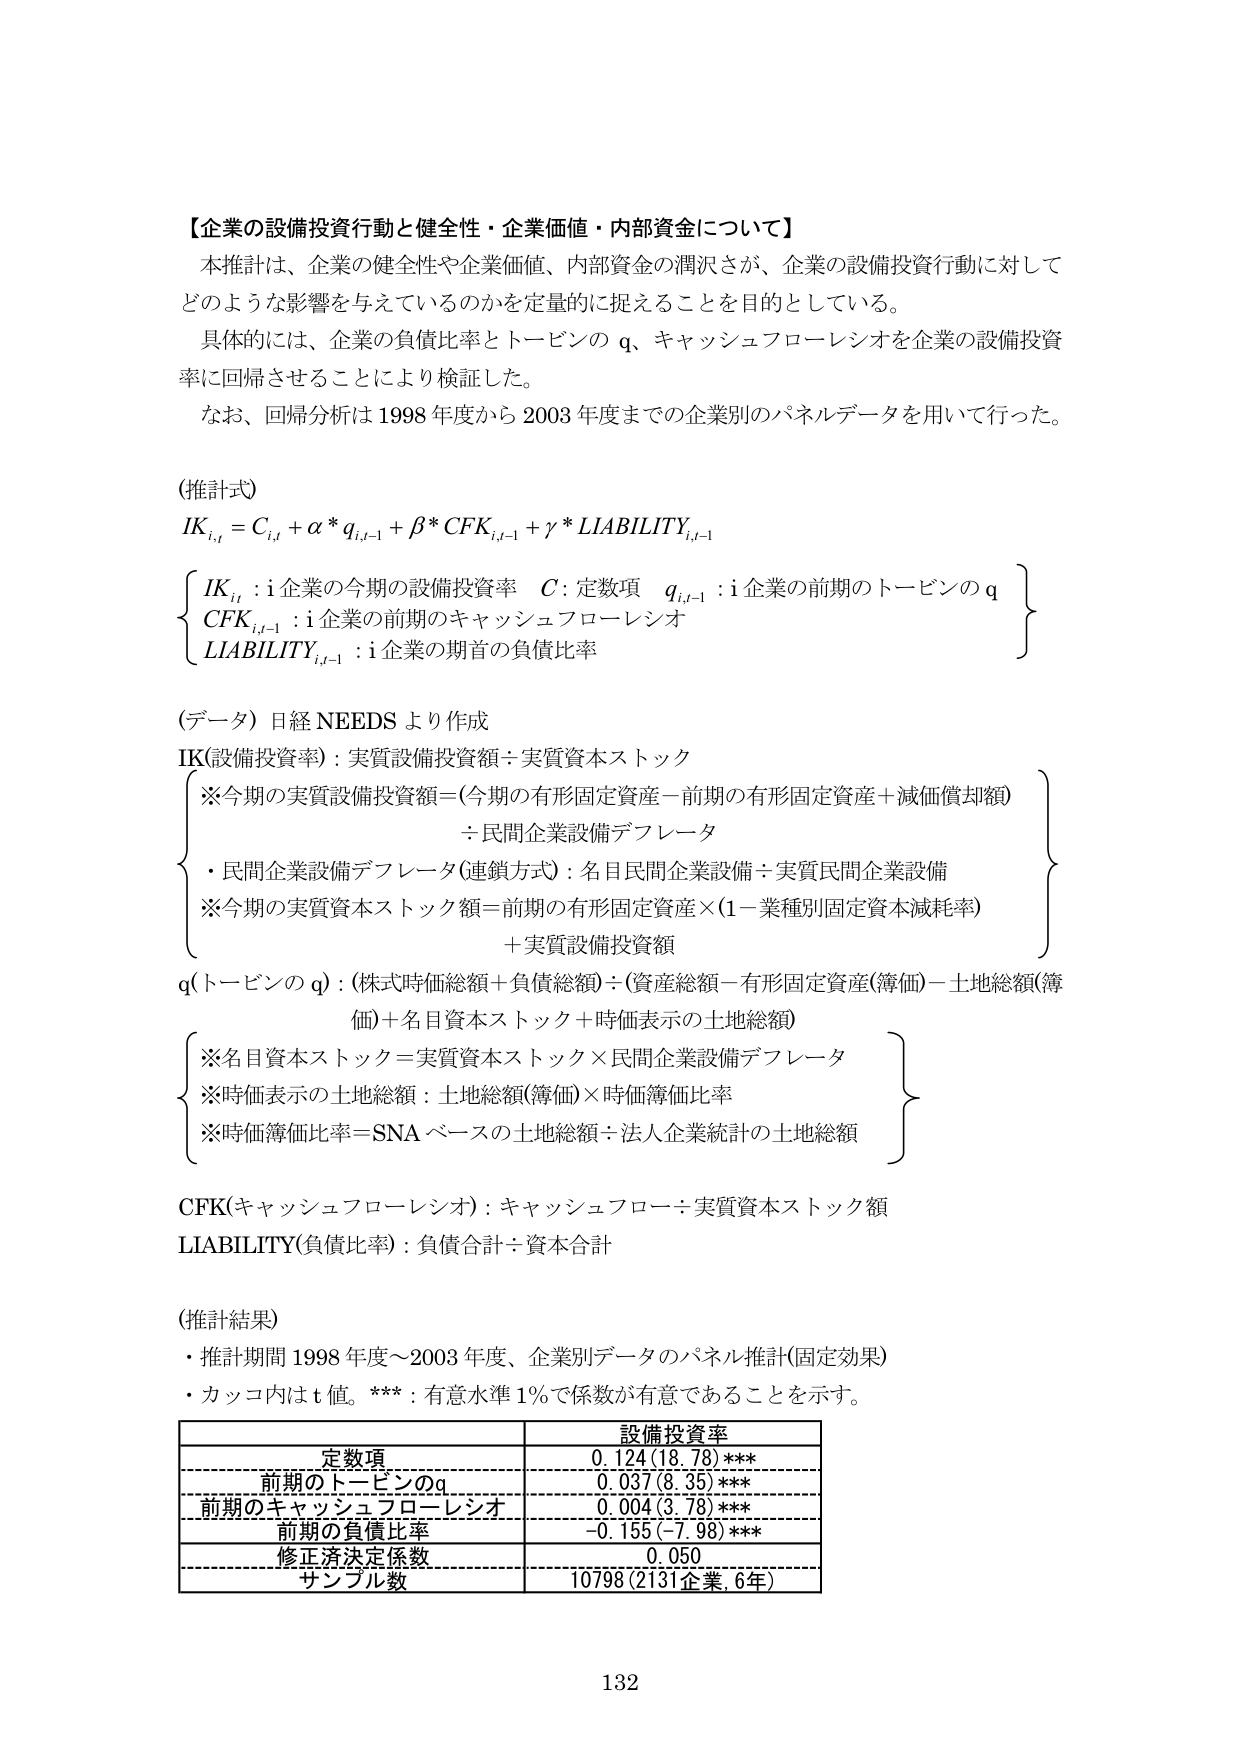
【企業の設備投資行動と健全性・企業価値・内部資金について】
本推計は、企業の健全性や企業価値、内部資金の潤沢さが、企業の設備投資行動に対してどのような影響を与えているのかを定量的に捉えることを目的としている。
具体的には、企業の負債比率とトービンの q、キャッシュフローレシオを企業の設備投資率に回帰させることにより検証した。
なお、回帰分析は 1998 年度から 2003 年度までの企業別のパネルデータを用いて行った。

(推計式)
IK<sub>i,t</sub> = C<sub>i,t</sub> + α * q<sub>i,t-1</sub> + β * CFK<sub>i,t-1</sub> + γ * LIABILITY<sub>i,t-1</sub>

{
IK<sub>i,t</sub> : i企業の今期の設備投資率　C : 定数項　q<sub>i,t-1</sub> : i企業の前期のトービンの q
CFK<sub>i,t-1</sub> : i企業の前期のキャッシュフローレシオ
LIABILITY<sub>i,t-1</sub> : i企業の期首の負債比率
}

(データ) 日経 NEEDS より作成
IK(設備投資率) : 実質設備投資額 ÷ 実質資本ストック
{
※今期の実質設備投資額 = (今期の有形固定資産－前期の有形固定資産＋減価償却額)
　　÷ 民間企業設備デフレータ
　・民間企業設備デフレータ(連鎖方式) : 名目民間企業設備 ÷ 実質民間企業設備
※今期の実質資本ストック額 = 前期の有形固定資産 × (1－業種別固定資本減耗率)
　　＋ 実質設備投資額
}
q(トービンの q) : (株式時価総額＋負債総額) ÷ (資産総額－有形固定資産(簿価)－土地総額(簿価)＋名目資本ストック＋時価表示の土地総額)
{
※名目資本ストック = 実質資本ストック × 民間企業設備デフレータ
※時価表示の土地総額 : 土地総額(簿価) × 時価簿価比率
※時価簿価比率 = SNA ベースの土地総額 ÷ 法人企業統計の土地総額
}
CFK(キャッシュフローレシオ) : キャッシュフロー ÷ 実質資本ストック額
LIABILITY(負債比率) : 負債合計 ÷ 資本合計

(推計結果)
・推計期間 1998 年度～2003 年度、企業別データのパネル推計(固定効果)
・カッコ内は t 値。*** : 有意水準 1%で係数が有意であることを示す。

| | 設備投資率 |
|---|---|
| 定数項 | 0.124 (18.78) *** |
| 前期のトービンのq | 0.037 (8.35) *** |
| 前期のキャッシュフローレシオ | 0.004 (3.78) *** |
| 前期の負債比率 | -0.155 (-7.98) *** |
| 修正済決定係数 | 0.050 |
| サンプル数 | 10798 (2131企業, 6年) |

132